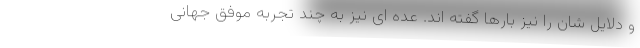
و دلایل شان را نیز بارها گفته اند. عده ای نیز به چند تجربه موفق جهانی